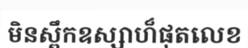
មិនស្ពឹកឧស្សាហ៏ផុតលេខ